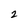
Character: 2